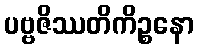
ပဗ္ဗဇိဿတိကိဉ္စနော